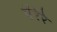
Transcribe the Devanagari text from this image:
पैरेरे